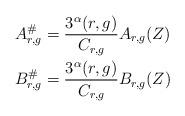
LaTeX: \begin{align*}A_{r,g}^{\#} &= \frac{3^\alpha(r,g)}{C_{r,g}}A_{r,g}(Z) \\B_{r,g}^{\#} &= \frac{3^\alpha(r,g)}{C_{r,g}}B_{r,g}(Z)\end{align*}